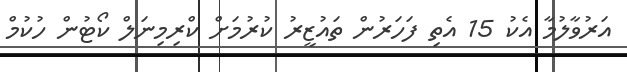
އަރުވާލުމާ އެކު 15 އެތި ފަހަރުން ތައުޒީރު ކުރުމަށް ކްރިމިނަލް ކޯޓުން ހުކުމް